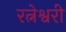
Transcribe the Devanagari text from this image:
रत्नेश्वरी